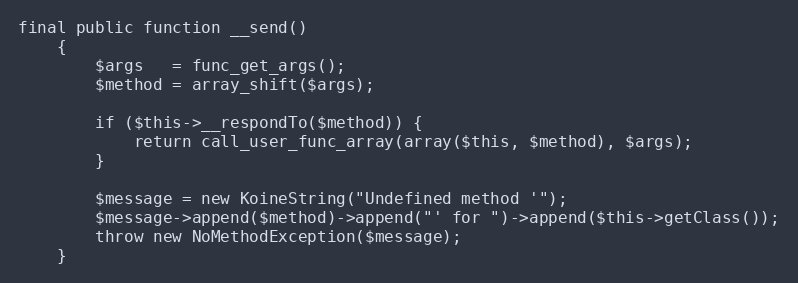
Language: PHP
final public function __send()
    {
        $args   = func_get_args();
        $method = array_shift($args);

        if ($this->__respondTo($method)) {
            return call_user_func_array(array($this, $method), $args);
        }

        $message = new KoineString("Undefined method '");
        $message->append($method)->append("' for ")->append($this->getClass());
        throw new NoMethodException($message);
    }